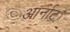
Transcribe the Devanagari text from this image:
आर्नाट